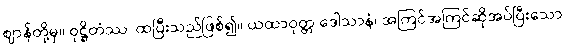
ဈာန်တို့မှ။ ဝုဋ္ဌိတံဿ၊ ထပြီးသည်ဖြစ်၍။ ယထာဝုတ္တ ဒေါသာနံ၊ အကြင်အကြင်ဆိုအပ်ပြီးသော